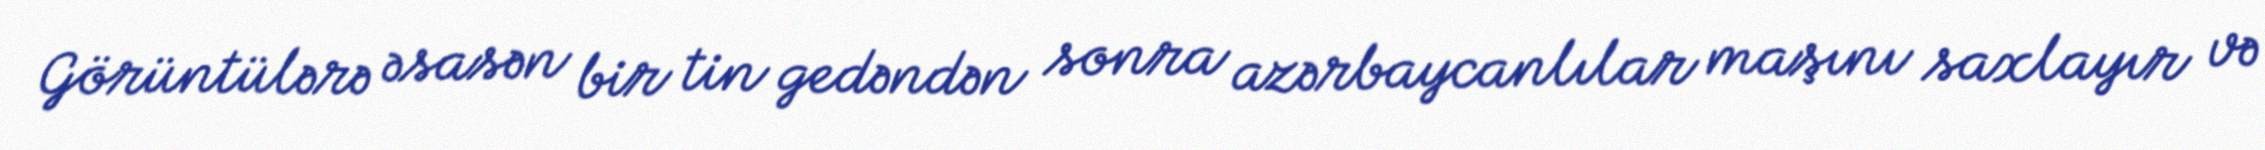
Görüntülərə əsasən bir tin gedəndən sonra azərbaycanlılar maşını saxlayır və